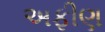
અફીણ